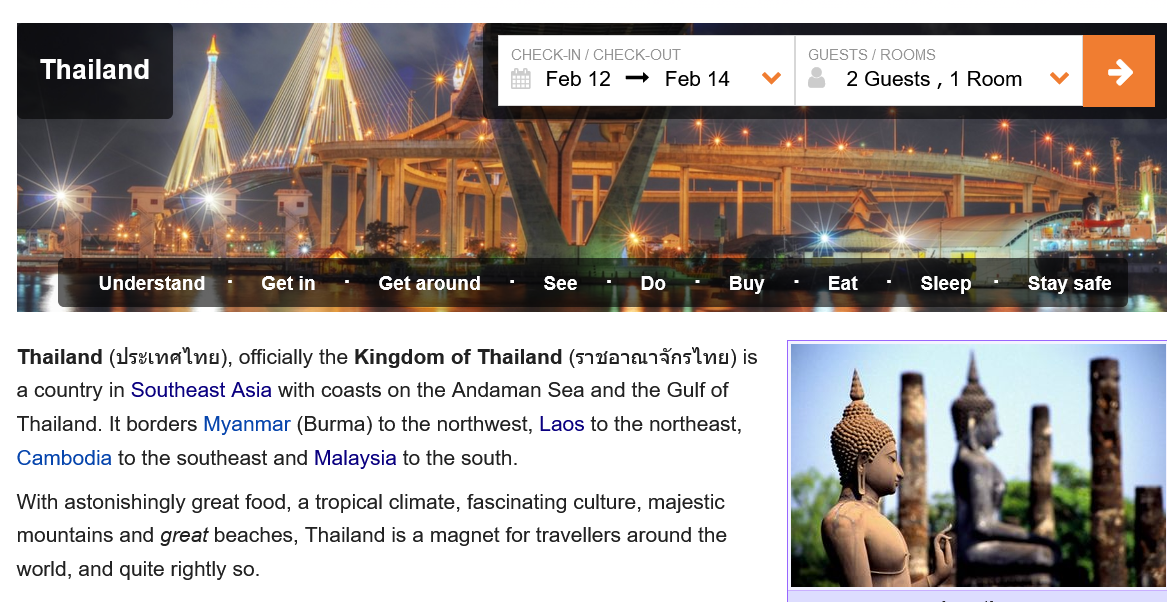
Thailand
     v    2Guests,1Room    VY
     cA
     a    1    ‘
     a
     ~    Pt
     v
     VA
     n,
     i
     —|    —
     _
     TRB
     bie
     came
     ry
     5
     SSS   ay)
     i
     ri
     ]    =e    ;
     fj
     |    doe
     a
     he
  i    Understand)
     -
     Getin
     .-
     Getaround
     -
     See   -.Do
     .-
     Buy
     -
     Eat
     -
     Sleep
     -_
     Staysafe
     CKIN
     |
     CHECK-OUT
     Feb12   —   Feb  14
     GUESTS
     /
     ROOMS
     2 Guests
     ,
     1 Room
     SUC    Lae,
     titel eS Cli Te) Get in    Get around.    See    Buy    18    Sleep    I CART
  Thailand  (ilsz.ne'lng), officially the Kingdom of Thailand (s12aa1a114As ne) is
  a country in Southeast Asia with coasts on the Andaman Sea and the Gulf of
  Thailand. It borders Myanmar (Burma) to the northwest, Laos to the northeast,
  Cambodia  to the southeast and Malaysia to the south.
  With astonishingly great food, a tropical climate, fascinating culture, majestic
  mountains  and great beaches, Thailand is a magnet for travellers around the
  world, and quite rightly so.